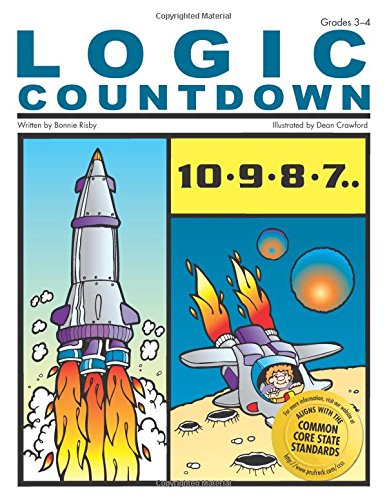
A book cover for Logic Countdown, Grades 3-4; Bonnie Risby; Humor & Entertainment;